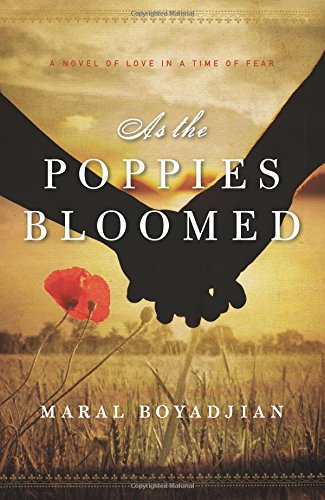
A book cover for As the Poppies Bloomed: A Novel of Love in a Time of Fear; Maral Boyadjian; Romance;